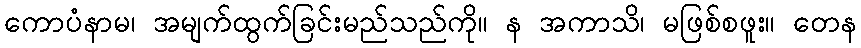
ကောပံနာမ၊ အမျက်ထွက်ခြင်းမည်သည်ကို။ န အကာသိ၊ မဖြစ်စဖူး။ တေန